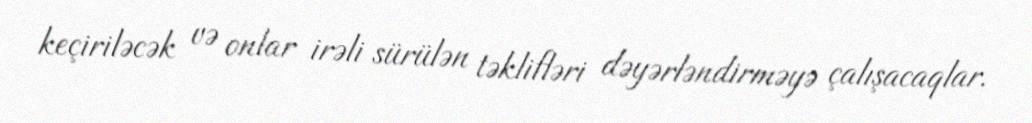
keçiriləcək və onlar irəli sürülən təklifləri dəyərləndirməyə çalışacaqlar.